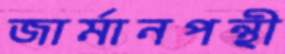
জার্মানপন্থী